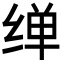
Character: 𦈎